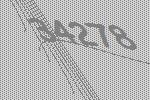
34278